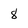
Character: 8